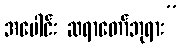
အပေါင်း ဆရာတော်ဘုရား”